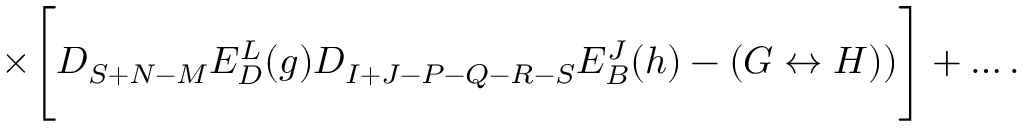
\times \Biggl [ D _ { S + N - M } E _ { D } ^ { L } ( g ) D _ { I + J - P - Q - R - S } E _ { B } ^ { J } ( h ) - ( G \leftrightarrow H ) ) \Biggr ] + \ldots .